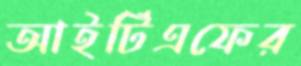
আইটিএফের